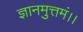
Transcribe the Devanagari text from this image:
ज्ञानमुत्तमं।।